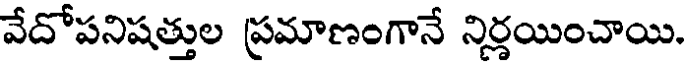
వేదోపనిషత్తుల ప్రమాణంగానే నిర్ణయించాయి.